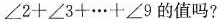
$$\angle 2+\angle 3+\cdots +\angle 9$$的值吗?